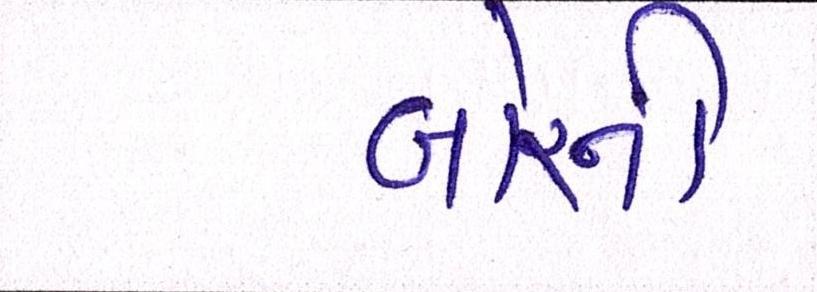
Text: બોરની